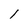
Character: 1